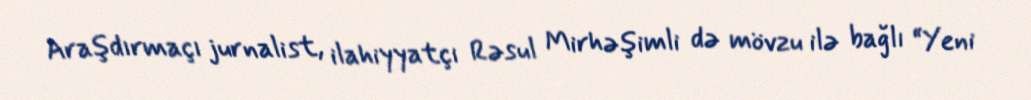
Araşdırmaçı jurnalist, ilahiyyatçı Rəsul Mirhəşimli də mövzu ilə bağlı “Yeni